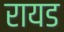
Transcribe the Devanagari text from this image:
रायड